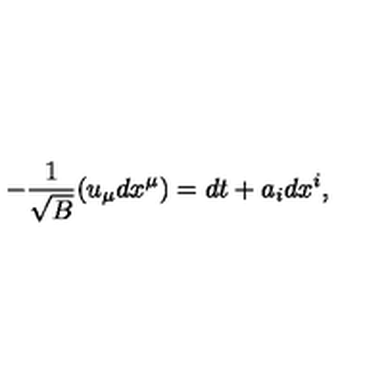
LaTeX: - { \frac { 1 } { \sqrt { B } } } ( u _ { \mu } d x ^ { \mu } ) = d t + a _ { i } d x ^ { i } ,